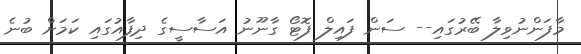
މާފަންނުވިލާ ބޭރުގައި-- ސަން ފައިލް ފޮޓޯ ގާނޫނު އަސާސީގެ ދިފާއުގައި ކަމަށް ބުނެެ